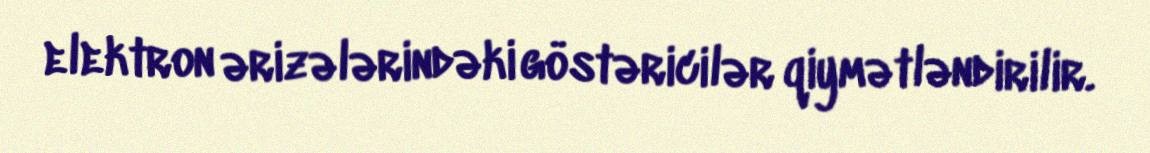
elektron ərizələrindəki göstəricilər qiymətləndirilir.